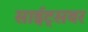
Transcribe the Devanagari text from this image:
साईट्सवर